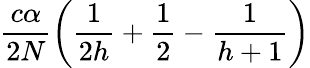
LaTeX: \frac{c\alpha}{2N}\left(\frac{1}{2h}+\frac{1}{2}-\frac{1}{h+1}\right)